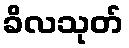
ခိလသုတ်